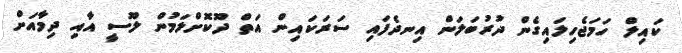
ކައިލް ހަމަޖެހިލައިގެން ދުރުބަލަން އިނދެފައި ސަރަކައިން އަތް ދޫކޮށްލަމުން ލޫސީ އާއި ދިމާއަށް